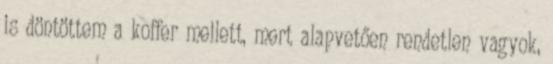
is döntöttem a koffer mellett, mert alapvetően rendetlen vagyok,